Leaving Certificate Examination, 1919
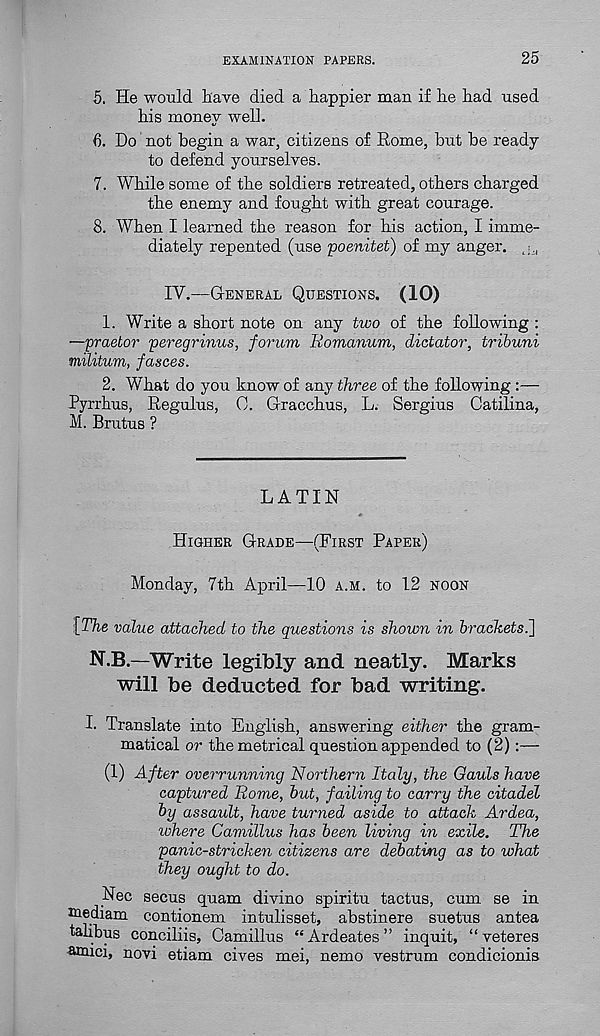
EXAMINATION PAPERS.
25
5. He would have died a happier man if he had used
his money well.
6. Do not begin a war, citizens of Rome, but be ready
to defend yourselves.
7. While some of the soldiers retreated, others charged
the enemy and fought with great courage.
8. When I learned the reason for his action, I imme-
diately repented (use poenitet) of my anger. ,;,
IV.—GENERAL QUESTIONS. (10)
1. Write a short note on any two of the following :
—praetor peregrinus, forum Bomanum, dictator, tribuni
militum, fasces.
2. What do you know of any three of the following :—
Pyrrhus, Regulus, 0. Gracchus, L. Sergius Catilina,
M. Brutus ?
LATIN
HIGHER GRADE—(FIRST PAPER)
Monday, 7th April—10 A.M. to 12 NOON
[The value attached to the questions is shown in brackets.]
N.B.—Write legibly and neatly. Marks
will be deducted for bad writing.
I. Translate into English, answering either the gram-
matical or the metrical question appended to (2):—
(1) After overrunning Northern Italy, the Gauls have
captured Rome, but, failing to carry the citadel
by assault, have turned aside to attack Ardea,
where Camillus has been living in exile. The
panic-stricken citizens are debating as to what
they ought to do.
Nec secus quam divino spiritu tactus, cum se in
mediam contionem intulisset, abstinere suetus antea
talibus conciliis, Camillus “ Ardeates ” inquit, “veteres
amici, novi etiam cives mei, nemo vestrum condicionis